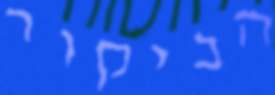
הביקור